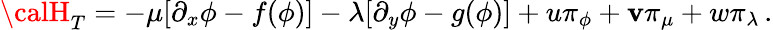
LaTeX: {\calH}_{T}=-\mu[\partial_{x}\phi-f(\phi)]-\lambda[\partial_{y}\phi-g(\phi)]+u\pi_{\phi}+\mathbf{v}\pi_{\mu}+w\pi_{\lambda}\, .